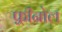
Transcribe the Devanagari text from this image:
फ़्रीनोल